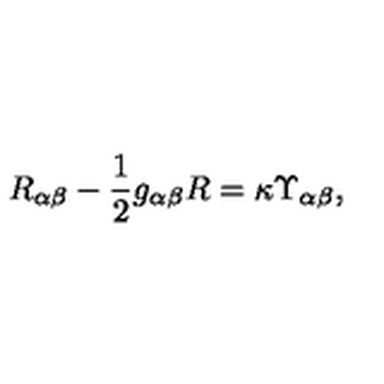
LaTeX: R _ { \alpha \beta } - \frac { 1 } { 2 } g _ { \alpha \beta } R = \kappa \Upsilon _ { \alpha \beta } ,